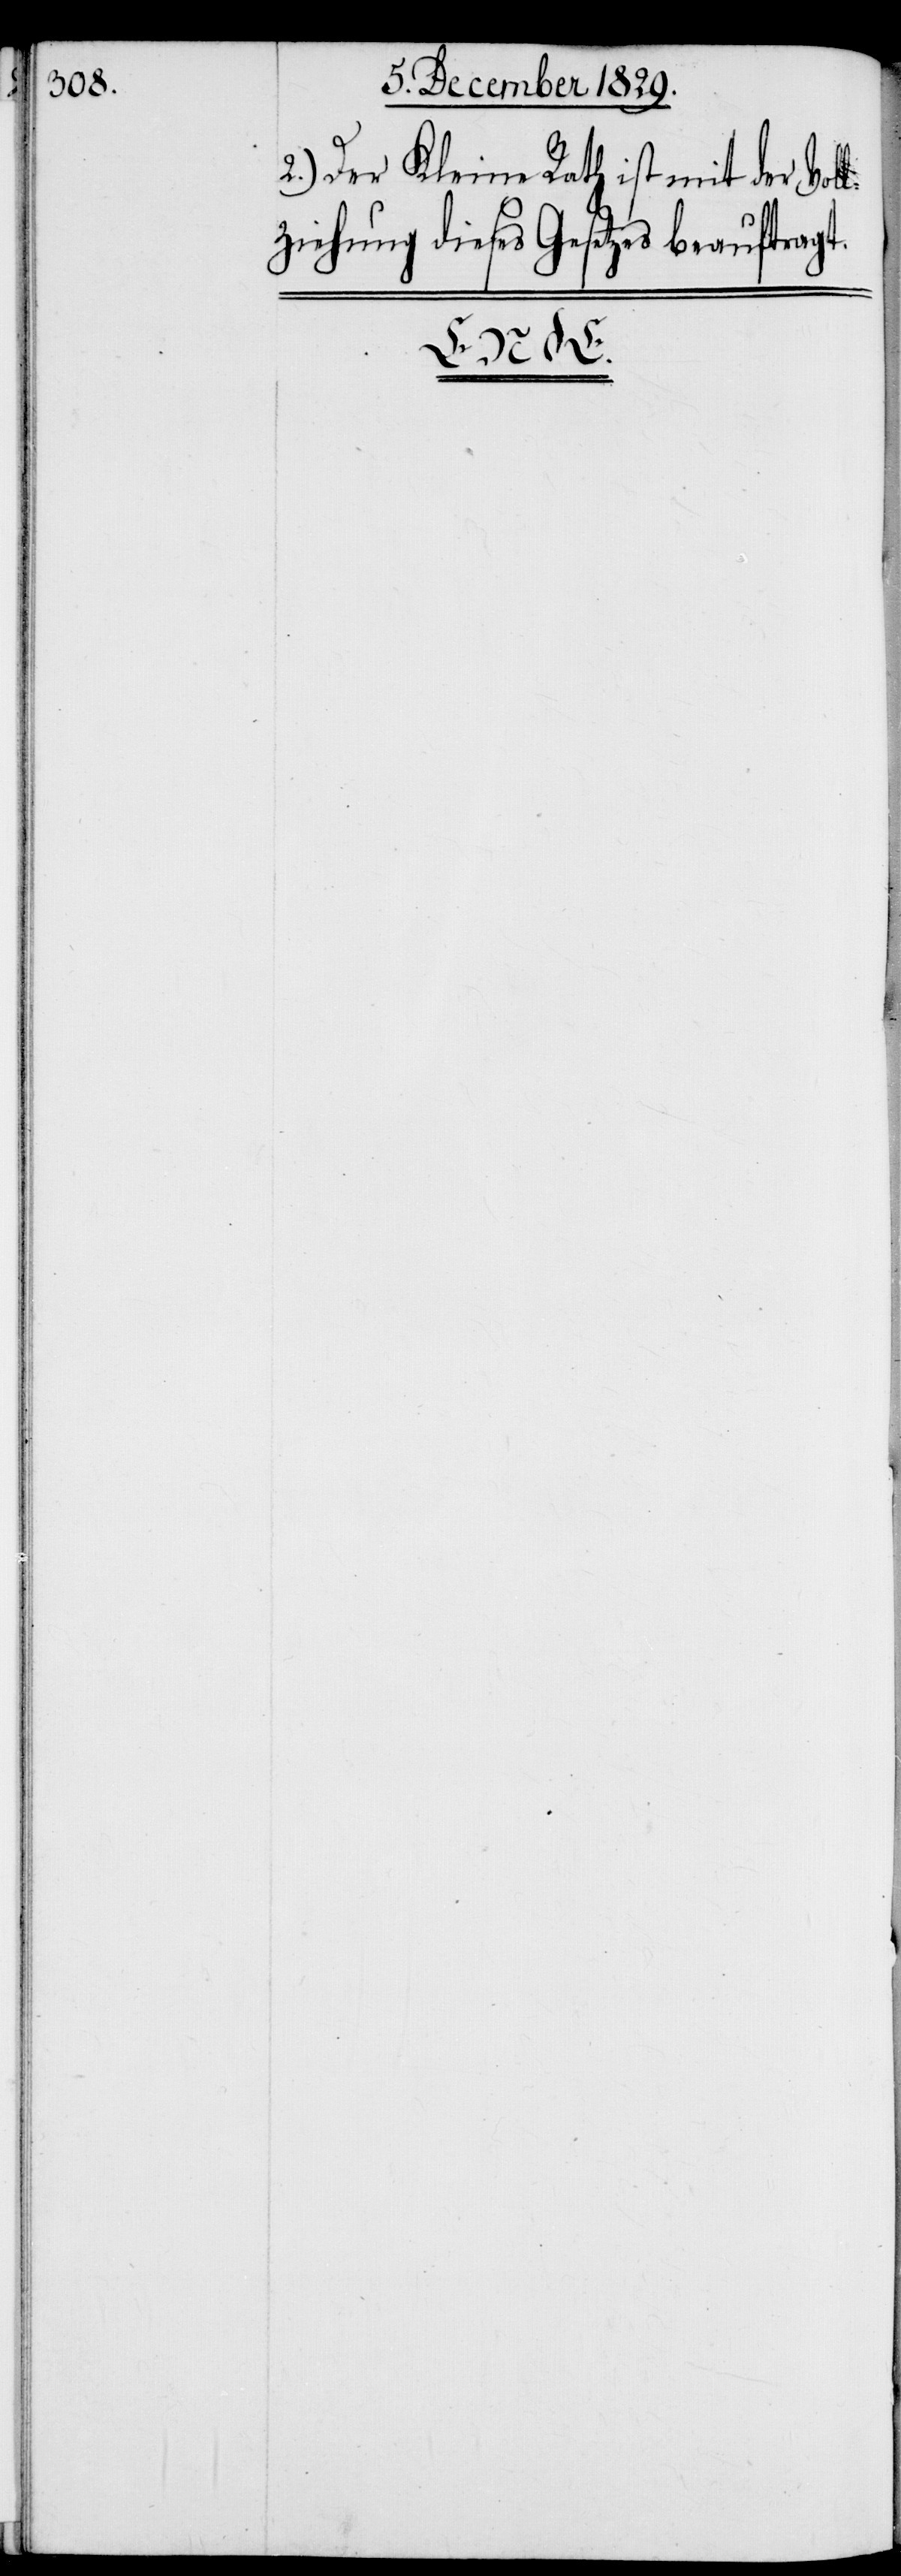
2.) Der Kleine Rath ist mit der Vol¬
lziehung dieses Gesetzes beauftragt.